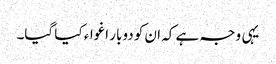
یہی وجہ ہے کہ ان کو دوبار اغواء کیا گیا۔